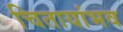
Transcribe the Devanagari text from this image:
चितायांभव